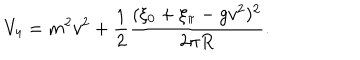
LaTeX: V _ { 4 } = m ^ { 2 } v ^ { 2 } + { \frac { 1 } { 2 } } { \frac { ( \xi _ { 0 } + \xi _ { \pi } - g v ^ { 2 } ) ^ { 2 } } { 2 \pi R } } .